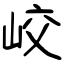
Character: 峧